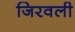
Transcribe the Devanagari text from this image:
जिरवली